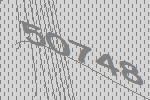
50748